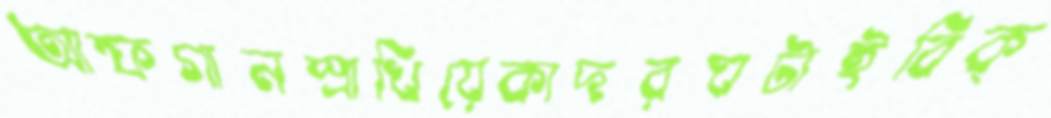
আফগানস্রাখিয়েকাদরঘটাইবিক্